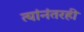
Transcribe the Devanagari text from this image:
त्यांनंतरही